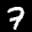
Label: 7